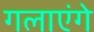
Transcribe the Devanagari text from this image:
गलाएंगे